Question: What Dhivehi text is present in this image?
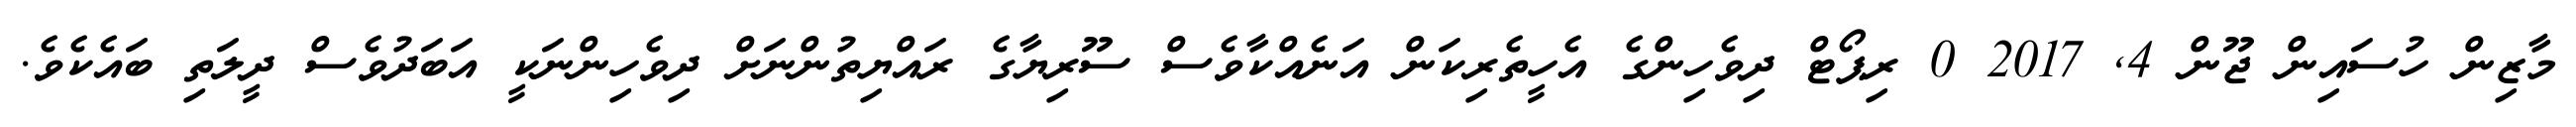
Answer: މާޒިން ހުސައިން ޖޫން 4, 2017 0 ރިޕޯޓް ދިވެހިންގެ އެހީތެރިކަން އަނެއްކާވެސް ސޫރިޔާގެ ރައްޔިތުންނަށް ދިވެހިންނަކީ އަބަދުވެސް ދީލަތި ބައެކެވެ.